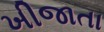
ખીજાતા